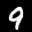
Label: 9